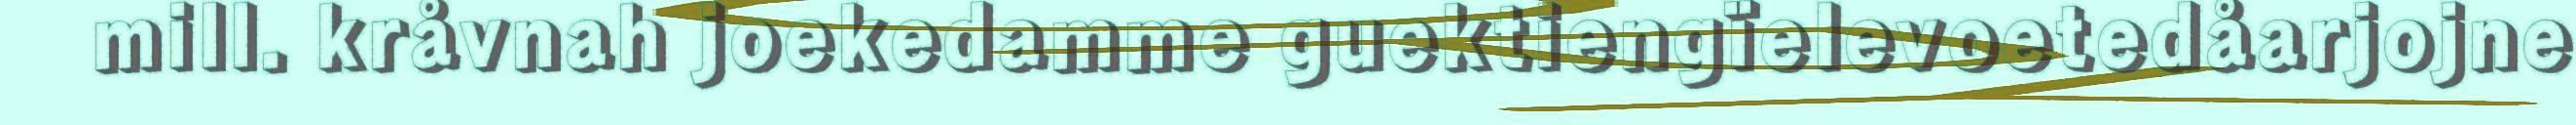
mill. kråvnah joekedamme guektiengïelevoetedåarjojne